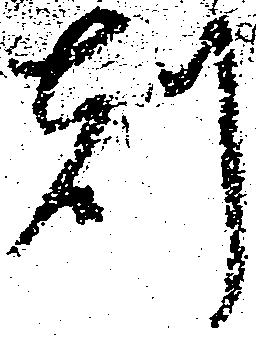
刻